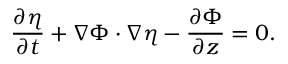
\frac { \partial \eta } { \partial t } + \nabla \Phi \cdot \nabla \eta - \frac { \partial \Phi } { \partial z } = 0 .